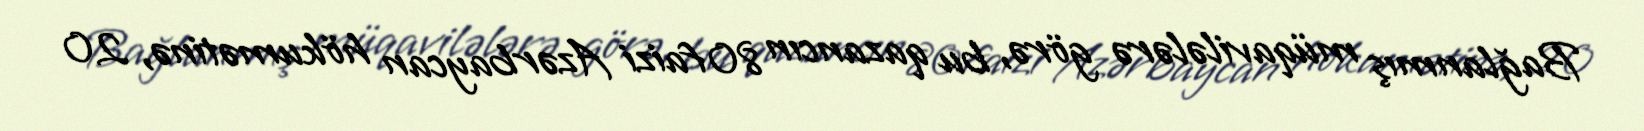
Bağlanmış müqavilələrə görə, bu qazancın 80 faizi Azərbaycan hökumətinə, 20